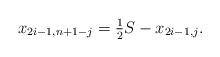
LaTeX: \begin{align*} x_{2i-1,n+1-j} = \tfrac{1}{2} S- x_{2i-1,j}.\end{align*}